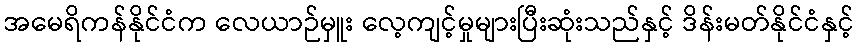
အမေရိကန်နိုင်ငံက လေယာဉ်မှူး လေ့ကျင့်မှုများပြီးဆုံးသည်နှင့် ဒိန်းမတ်နိုင်ငံနှင့်